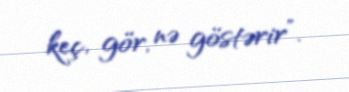
keç, gör, nə göstərir”.